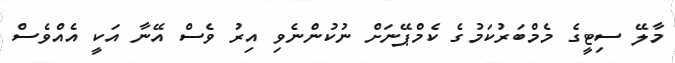
މާލޭ ސިޓީގެ މެމްބަރުކަމުގެ ކެމްޕޭނަށް ނުކުންނެވި އިރު ވެސް އޭނާ އަކީ އެއްވެސް